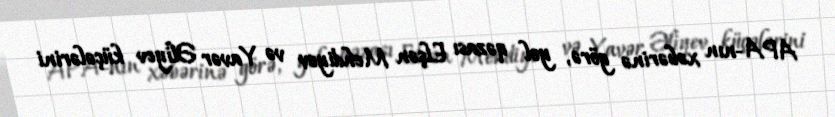
APA-nın xəbərinə görə, yol qəzası Elşən Mehdiyev və Yavər Əliyev küçələrini